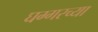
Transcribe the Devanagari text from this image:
घग्गरच्या